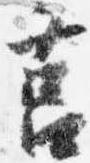
筥